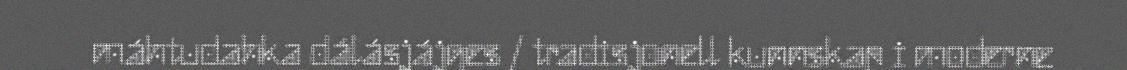
máhtudahka dálásjájges / tradisjonell kunnskap i moderne